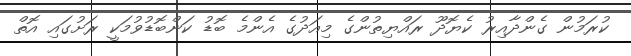
ކުރަމުން ގެންދާއިރު ކެޔޮދޫ ރައްޔިތުންގެ މިއަދުގެ އެންމެ ބޮޑު ކަންބޮޑުވުމަކީ ރަށުގައި އޮތް